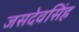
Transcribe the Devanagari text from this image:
जसदेवसिंह